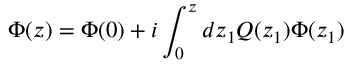
\Phi ( z ) = \Phi ( 0 ) + i \int _ { 0 } ^ { z } d z _ { 1 } Q ( z _ { 1 } ) \Phi ( z _ { 1 } )